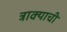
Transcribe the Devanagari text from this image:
त्राक्याची